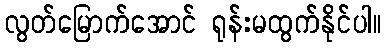
လွတ်မြောက်အောင် ရုန်းမထွက်နိုင်ပါ။